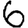
Digit: 6